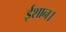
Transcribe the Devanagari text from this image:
ईशान।